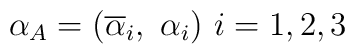
\alpha_A = ( \overline{\alpha}_i ,\ \alpha_i ) \  i = 1, 2, 3